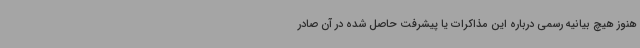
هنوز هیچ بیانیه رسمی درباره این مذاکرات یا پیشرفت حاصل شده در آن صادر